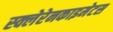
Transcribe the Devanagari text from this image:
स्क्लेरेनकाइमेटस